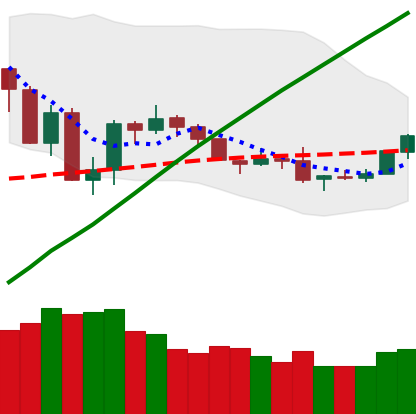
Ticker: BTC-USD
Chart end date: 2019-08-01
Forward return: 10.37%
Label: up_7plus